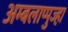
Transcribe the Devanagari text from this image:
अम्बलाप्पुज्हा